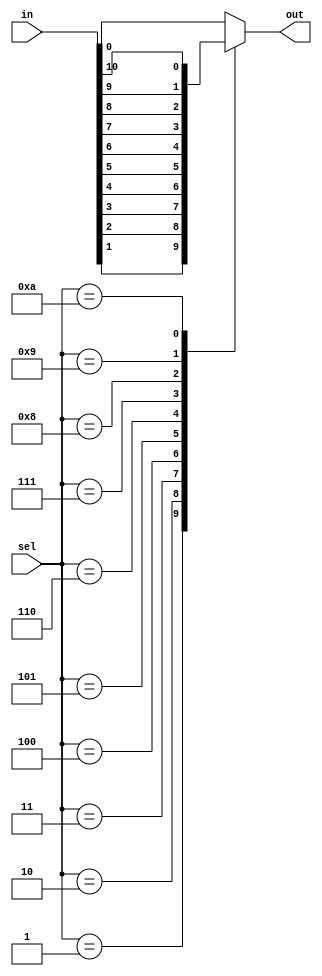
`timescale 1ns / 1ps
//////////////////////////////////////////////////////////////////////////////////
// Company: 
// Engineer: 
// 
// Design Name: 
// Module Name: mux
// Project Name: 
// Target Devices: 
// Tool Versions: 
// Description: 
// 
// Dependencies: 
// 
// Revision:
// Revision 0.01 - File Created
// Additional Comments:
// 
//////////////////////////////////////////////////////////////////////////////////


module mux(
    input [10:0] in,
    input [3:0] sel,
    output reg out
    );
    always@(*)
    begin
    case(sel)
    4'd0: out = in[0];
    4'd1: out = in[1];
    4'd2: out = in[2];
    4'd3: out = in[3];
    4'd4: out = in[4];
    4'd5: out = in[5];
    4'd6: out = in[6];
    4'd7: out = in[7];
    4'd8: out = in[8];
    4'd9: out = in[9];
    4'd10: out = in[10];
    default: out = in[0];
             
        
    endcase
    end
    
endmodule